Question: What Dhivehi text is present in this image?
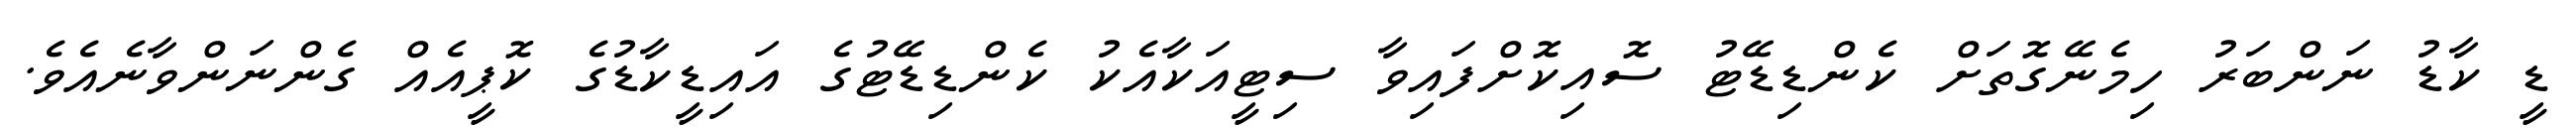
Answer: ޑީ ކާޑު ނަންބަރު ހިމެނޭގޮތަށް ކެންޑިޑޭޓު ސޮއިކޮށްފައިވާ ސިޓީއަކާއެކު ކެންޑިޑޭޓުގެ އައިޑީކާޑުގެ ކޮޕީއެއް ގެންނަންވާނެއެވެ.